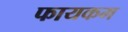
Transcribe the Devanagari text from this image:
फायकम